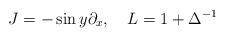
LaTeX: \begin{align*}J=-\sin y\partial_{x},\ \ \ L=1+\Delta^{-1}\end{align*}